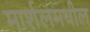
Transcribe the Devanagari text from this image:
मार्शलमधील